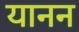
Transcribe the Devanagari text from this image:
यानन